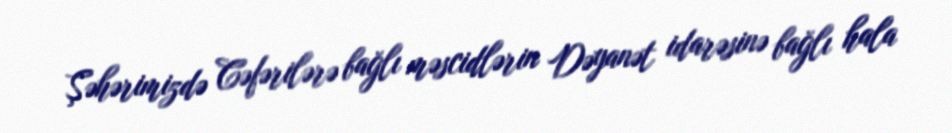
Şəhərimizdə Cəfərilərə bağlı məscidlərin Dəyanət idarəsinə bağlı hala